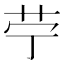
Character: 𦬪